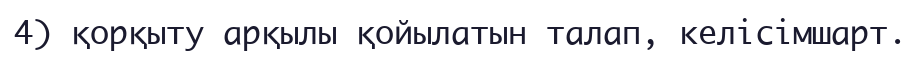
4) қорқыту арқылы қойылатын талап, келісімшарт.